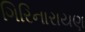
ગિરિનારાયણ